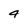
Character: 4